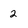
Character: 2